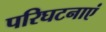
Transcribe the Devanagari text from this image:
परिघटनाएं